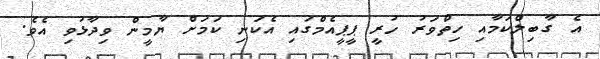
އެ ގާބިލްކަމާއި ހިތްވަރު ހުރީ ޕީޕީއެމްގައި އެކަނި ކަމަށް ޔާމީން ވިދާޅުވި އެވެ.